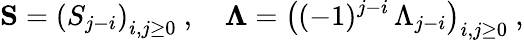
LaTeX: {\mathbf S}=\left(S_{j-i}\right)_{i,j\geq 0}\ ,\quad{\mathbf\Lambda}=\left((-1)^{j-i}\, \Lambda_{j-i}\right)_{i,j\geq 0}\ ,